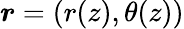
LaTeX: \boldsymbol{r}=(r(z),\theta(z))